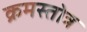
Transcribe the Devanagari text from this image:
क्रमस्तोत्र